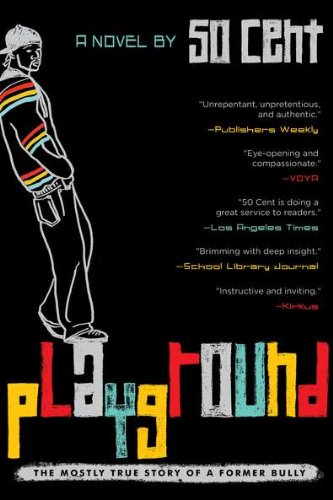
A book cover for Playground; 50 Cent; Teen & Young Adult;